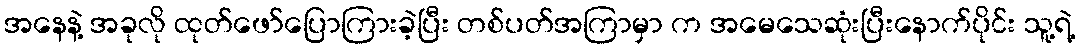
အနေနဲ့ အခုလို ထုတ်ဖော်ပြောကြားခဲ့ပြီး တစ်ပတ်အကြာမှာ က အမေသေဆုံးပြီးနောက်ပိုင်း သူ့ရဲ့